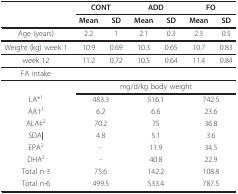
<table><thead><tr><td></td><td colspan="2"><b>CONT</b></td><td colspan="2"><b>ADD</b></td><td colspan="2"><b>FO</b></td></tr><tr><td></td><td><b>Mean</b></td><td><b>SD</b></td><td><b>Mean</b></td><td><b>SD</b></td><td><b>Mean</b></td><td><b>SD</b></td></tr></thead><tbody><tr><td>Age (years)</td><td>2.2</td><td>1</td><td>2.1</td><td>0.3</td><td>2.3</td><td>0.5</td></tr><tr><td>Weight (kg) week 1</td><td>10.9</td><td>0.69</td><td>10.3</td><td>0.65</td><td>10.7</td><td>0.83</td></tr><tr><td>week 12</td><td>11.2</td><td>0.72</td><td>10.5</td><td>0.64</td><td>11.4</td><td>0.84</td></tr><tr><td>FA intake</td><td></td><td></td><td></td><td></td><td></td><td></td></tr><tr><td></td><td colspan="6">mg/d/kg body weight</td></tr><tr><td>LA*<sup>1</sup></td><td colspan="2">483.3</td><td colspan="2">516.1</td><td colspan="2">742.5</td></tr><tr><td>AA†<sup>1</sup></td><td colspan="2">6.2</td><td colspan="2">6.6</td><td colspan="2">23.6</td></tr><tr><td>ALA‡<sup>2</sup></td><td colspan="2">70.2</td><td colspan="2">75</td><td colspan="2">36.8</td></tr><tr><td>SDA<b>|</b></td><td colspan="2">4.8</td><td colspan="2">5.1</td><td colspan="2">3.6</td></tr><tr><td>EPA<sup>2</sup></td><td colspan="2">-</td><td colspan="2">11.9</td><td colspan="2">34.5</td></tr><tr><td>DHA<sup>2</sup></td><td colspan="2">-</td><td colspan="2">40.8</td><td colspan="2">22.9</td></tr><tr><td>Total n-3</td><td colspan="2">75.6</td><td colspan="2">142.2</td><td colspan="2">108.8</td></tr><tr><td>Total n-6</td><td colspan="2">499.5</td><td colspan="2">533.4</td><td colspan="2">787.5</td></tr></tbody></table>